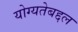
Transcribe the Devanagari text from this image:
योग्यतेबद्दल